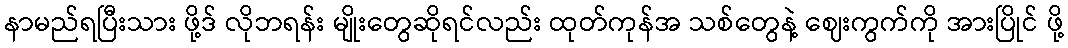
နာမည်ရပြီးသား ဖို့ဒ် လိုဘရန်း မျိုးတွေဆိုရင်လည်း ထုတ်ကုန်အ သစ်တွေနဲ့ ဈေးကွက်ကို အားပြိုင် ဖို့